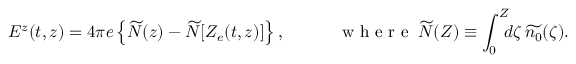
E ^ { z } ( t , z ) = 4 \pi e \left\{ \widetilde { N } ( z ) - \widetilde { N } [ Z _ { e } ( t , z ) ] \right\} , \quad \qquad \mathrm { ~ w ~ h ~ e ~ r ~ e ~ } \: \widetilde { N } ( Z ) \equiv \int _ { 0 } ^ { Z } \! \! \! d \zeta \, \widetilde { n _ { 0 } } ( \zeta ) .